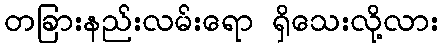
တခြားနည်းလမ်းရော ရှိသေးလို့လား